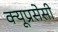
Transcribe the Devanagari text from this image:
क्यूप्रसेसी